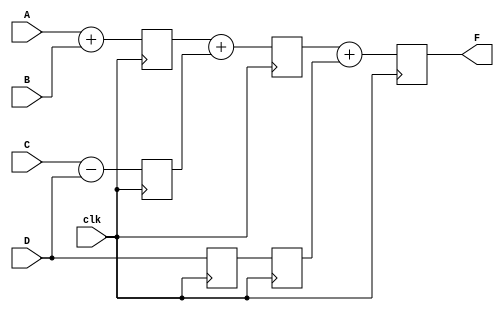
module pipe_ex(F,A,B,C,D,clk);
parameter N=10;
input [N-1:0]A,B,C,D;
input clk;
output [N-1:0]F;
reg [N-1:0] L12_x1, L12_x2, L12_D, L23_x3, L23_D, L34_F;

//assign F=L34_F;

always @(posedge clk)
begin
 L12_x1 <= #4 A+B;
 L12_x2 <= #4 C-D;
 L12_D <= D;

 L23_x3 <= L12_x1+L12_x2;
 L23_D <= L12_D;

 L34_F <= #6 L23_x3+L23_D;
end
assign F=L34_F;
endmodule